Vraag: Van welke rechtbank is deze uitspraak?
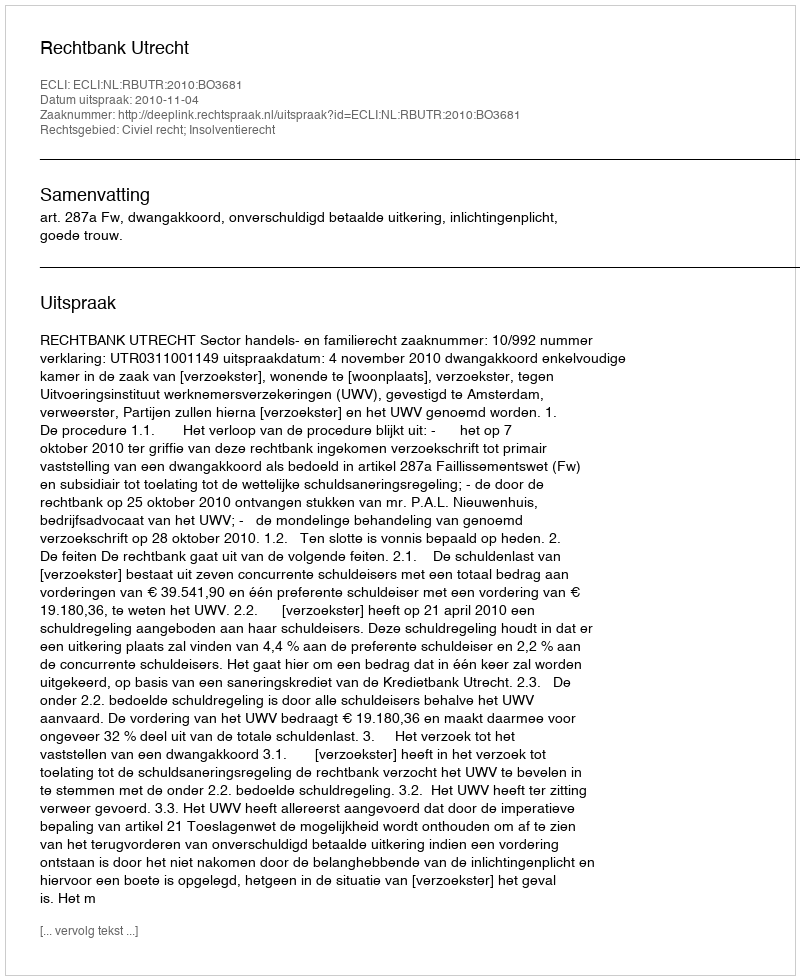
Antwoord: Rechtbank Utrecht